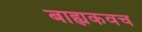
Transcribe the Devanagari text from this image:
बाह्यकवच